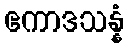
ဧကာဒသန္နံ